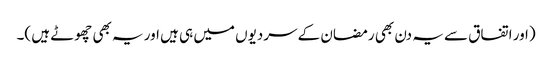
(اور اتفاق سے یہ دن بھی رمضان کے سردیوں میں ہی ہیں اور یہ بھی چھوٹے ہیں )۔